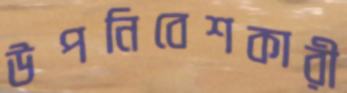
উপনিবেশকারী